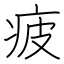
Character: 疲